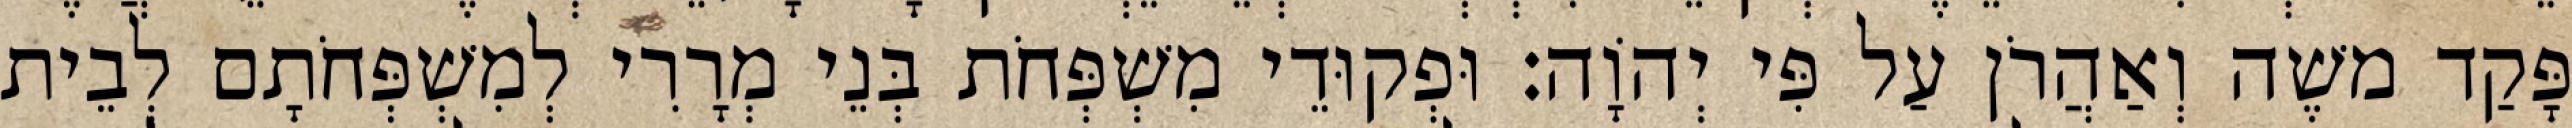
פָּקַד משֶׁה וְאַהֲרֹן עַל פִּי יְהוָֹה׃ וּפְקוּדֵי מִשְׁפְּחֹת בְּנֵי מְרָרִי לְמִשְׁפְּחֹתָם לְבֵית